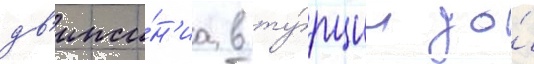
дв'иже́н'иа в ту́рции до́